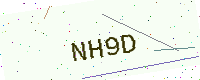
Text: NH9D